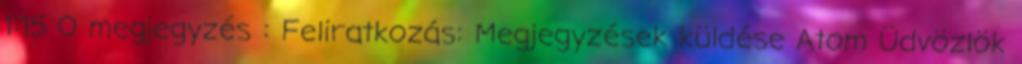
1:15 0 megjegyzés : Feliratkozás: Megjegyzések küldése Atom Üdvözlök